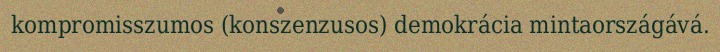
kompromisszumos (konszenzusos) demokrácia mintaországává.